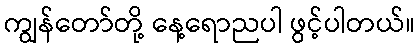
ကျွန်တော်တို့ နေ့ရောညပါ ဖွင့်ပါတယ်။